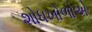
શોધખોળોએ